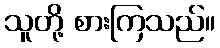
သူတို့ စားကြသည်။